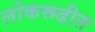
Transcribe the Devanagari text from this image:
लोकरूढीत